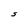
Character: S